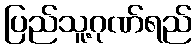
ပြည်သူ့ဂုဏ်ရည်